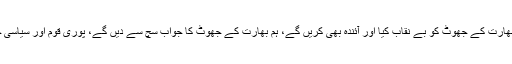
ہم نے پہلے بھی بھارت کے جھوٹ کو بے نقاب کیا اور آئندہ بھی کریں گے، ہم بھارت کے جھوٹ کا جواب سچ سے دیں گے، پوری قوم اور سیاسی جماعتیں یکجا ہیں۔